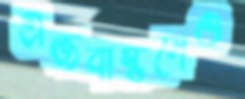
এজবাস্টনেও